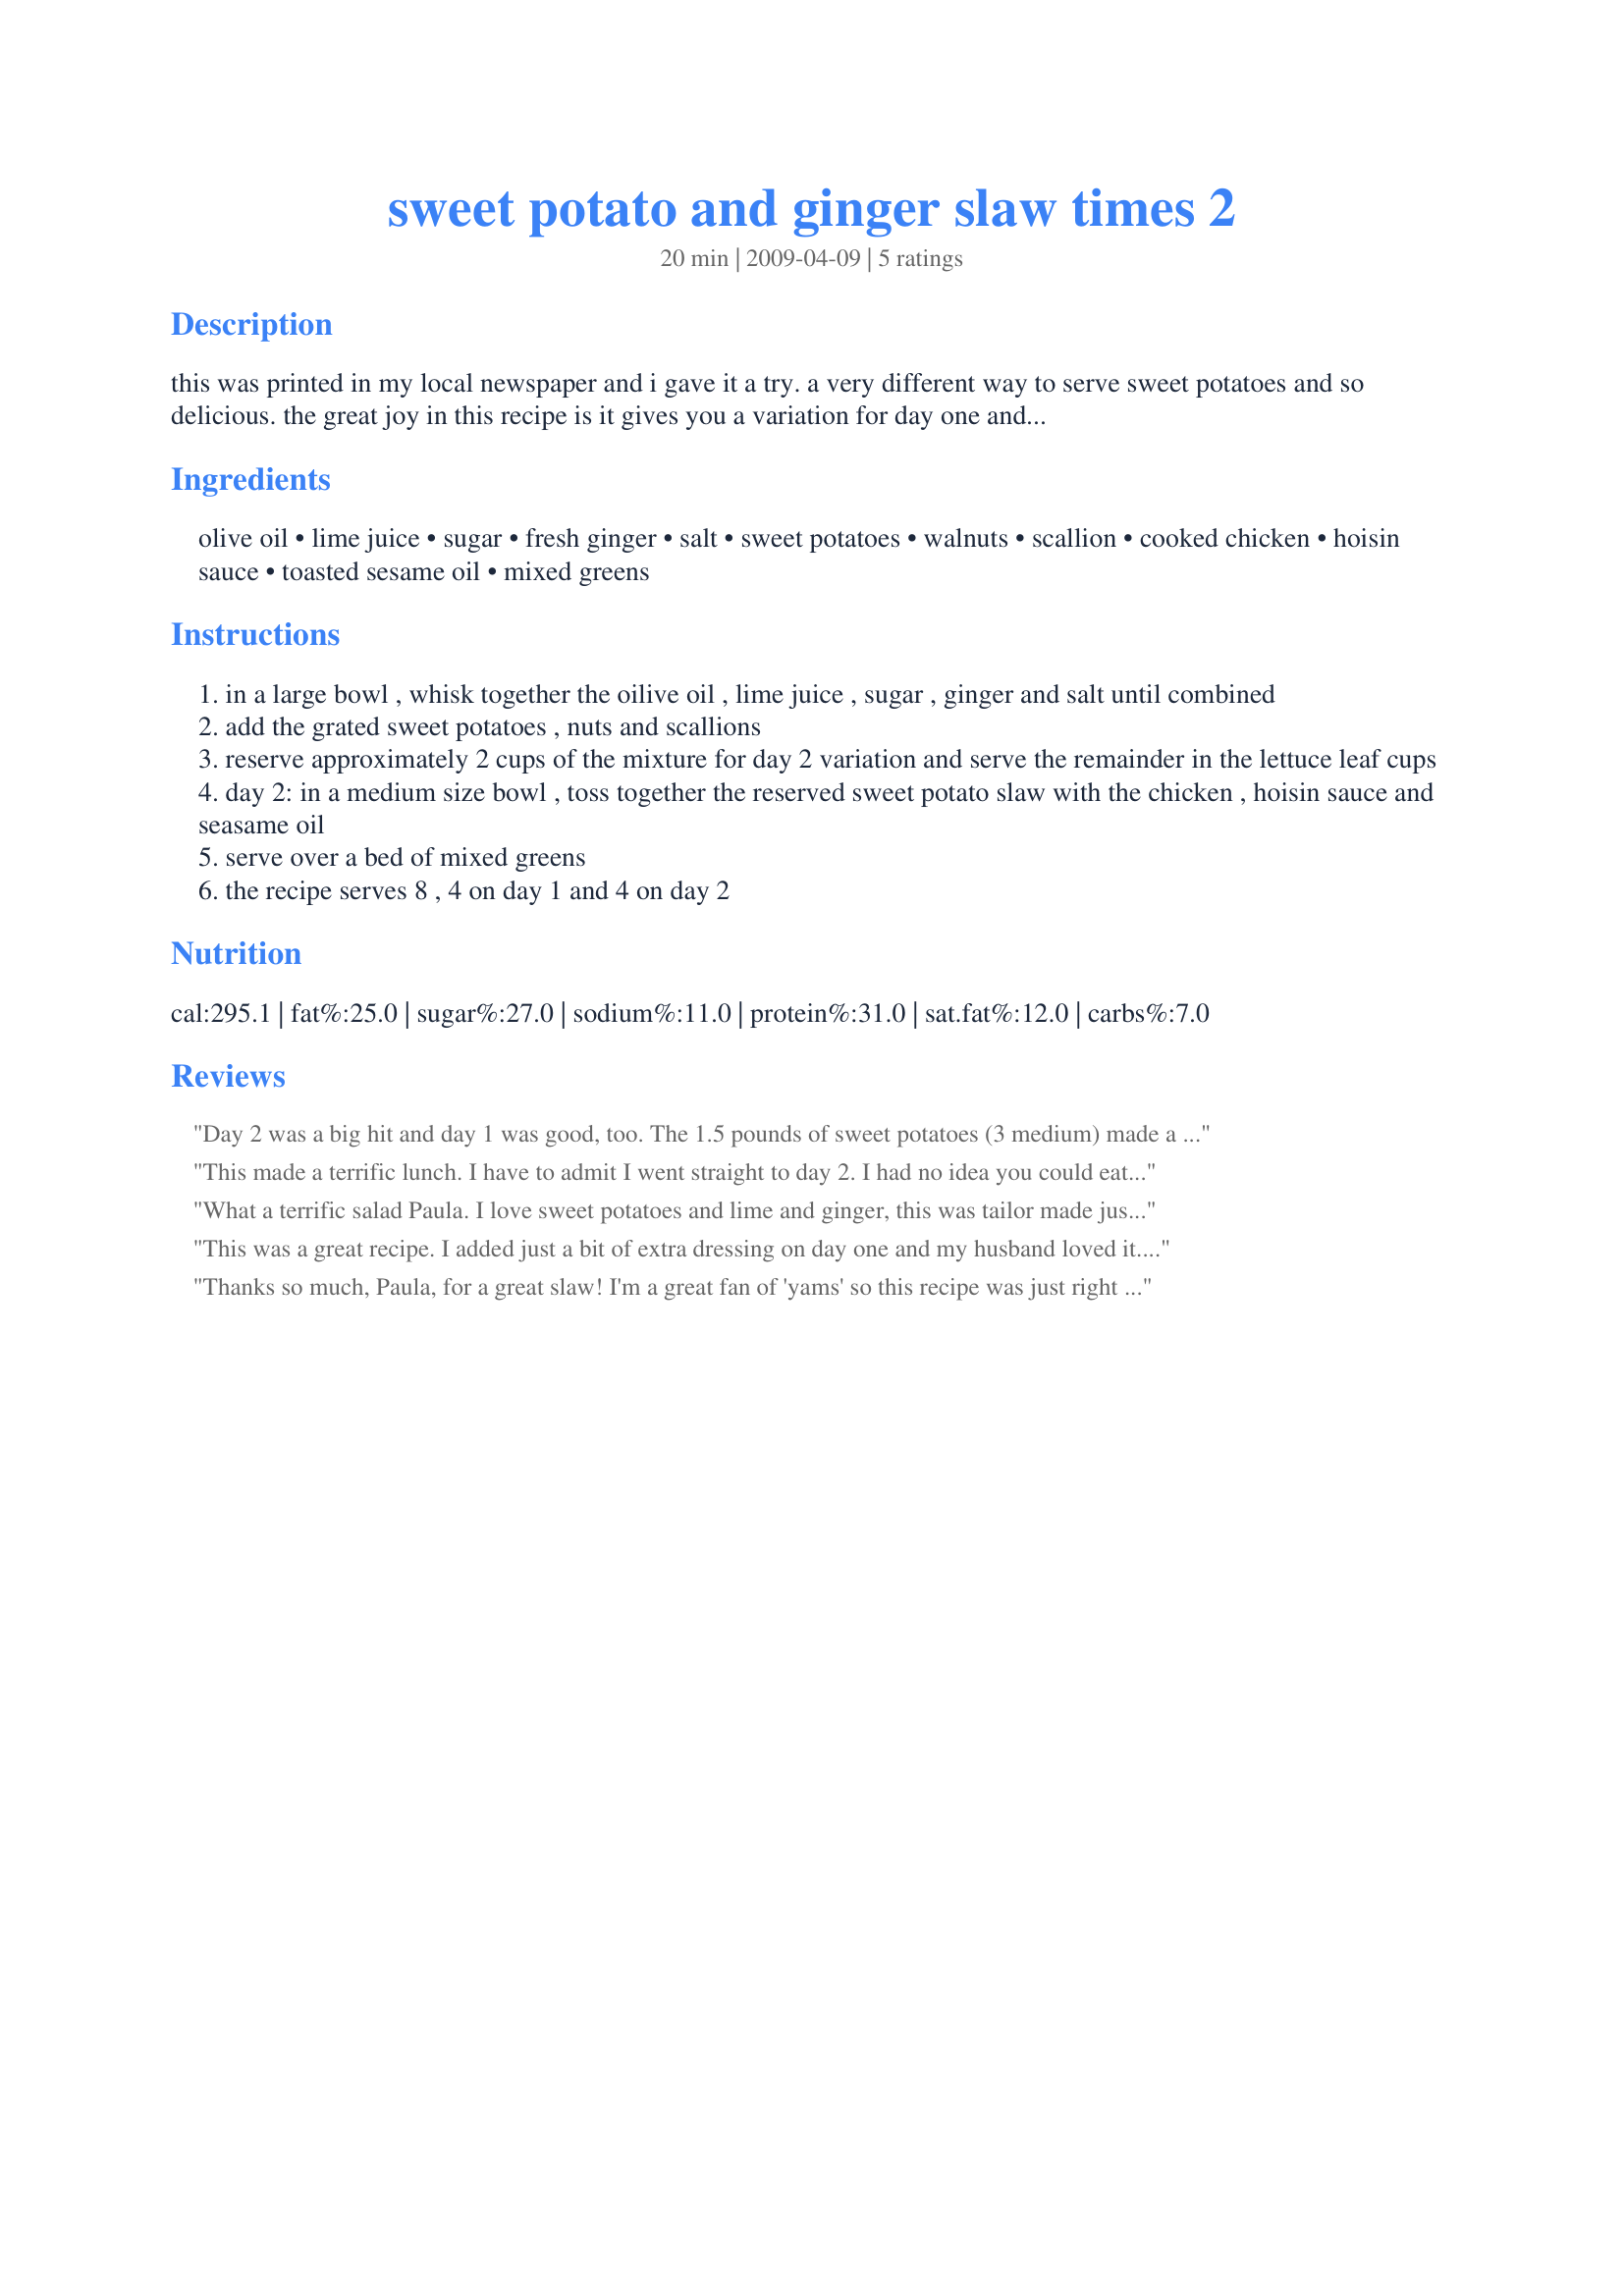
sweet potato and ginger slaw times 2
Preparation time: 20 minutes

this was printed in my local newspaper and i gave it a try. a very different way to serve sweet potatoes and so delicious. the great joy in this recipe is it gives you a variation for day one and then on day 2 you can dress it up a little differently and enjoy once again.

Ingredients:
olive oil, lime juice, sugar, fresh ginger, salt, sweet potatoes, walnuts, scallion, cooked chicken, hoisin sauce, toasted sesame oil, mixed greens

Steps:
in a large bowl , whisk together the oilive oil , lime juice , sugar , ginger and salt until combined
add the grated sweet potatoes , nuts and scallions
reserve approximately 2 cups of the mixture for day 2 variation and serve the remainder in the lettuce leaf cups
day 2: in a medium size bowl , toss together the reserved sweet potato slaw with the chicken , hoisin sauce and seasame oil
serve over a bed of mixed greens
the recipe serves 8 , 4 on day 1 and 4 on day 2

Reviews:
Day 2 was a big hit and day 1 was good, too. The 1.5 pounds of sweet potatoes (3 medium) made a lot. I would cut back to 1 pound (2 sweet potatoes) next time. Thanks for two new healthy and easy meals.
This made a terrific lunch. I have to admit I went straight to day 2. I had no idea you could eat sweet potatoes raw! This opens up a whole new world for me. The salad was both tangy and sweet.
What a terrific salad Paula. I love sweet potatoes and lime and ginger, this was tailor made just for me...so thank you my dear. The dish was quick and very easy to throw together, using ingredients I always have at home. What a great way to get my vitamins. <br/><br/>Day 1 the slaw was crisp and oh so flavorful, loved the addition of the walnuts and green onions to the mix, it was perfect. The dressing was the bomb. So much flavor. I will be making this for other salads as well, can't wait to try it on fruit salad.<br/><br/>Day 2 was just as good as day 1. The only change to your recipe was to use savory pork tenderloin in place of the chicken. What a treat, I can't wait to make this again. Thank you so much for posting this treasure.
This was a great recipe. I added just a bit of extra dressing on day one and my husband loved it. I liked day two even more than day one. (Although we discovered that the hubs doesn&#039;t care for hoisin . :-/ ) I would say that my best advice is to take it easy with this recipe to make sure that your digestive system is really prepared to handle that much raw potato.
Thanks so much, Paula, for a great slaw! I'm a great fan of 'yams' so this recipe was just right for me, & I particularly liked the 'Day 2' part of it, giving me another meal without my having to think about what to do! Will definitely be keeping hold of this recipe! [Tagged, made & reviewed in the Aus/NZ Recipe Swap #27]
